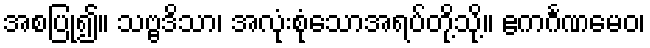
အစပြု၍။ သဗ္ဗဒိသာ၊ အလုံးစုံသောအရပ်တို့သို့။ ဧကင်္ဂဏမေဝ၊